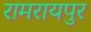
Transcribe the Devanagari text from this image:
रामरायपुर